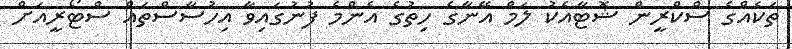
ތަކެއްގެ ސްކްރީން ޝޮޓާއެކު ލަމް އޭނާގެ ހިތުގެ އެންމެ ފުނުގައިވާ އިހުސާސްތައް ސްޓޯރީއަށް